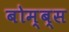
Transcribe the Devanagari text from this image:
बोम्ब्स